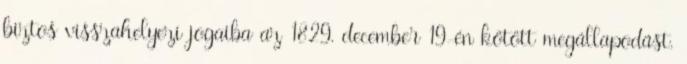
biztos visszahelyezi jogaiba az 1829. december 19-én kötött megállapodást.